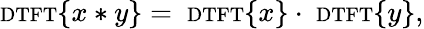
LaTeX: \scriptstyle\mathrm{{DTFT}}\displaystyle\{ x*y\} =\ \scriptstyle\mathrm{{DTFT}}\displaystyle\{ x\} \cdot\ \scriptstyle\mathrm{{DTFT}}\displaystyle\{ y\} ,